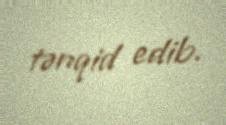
tənqid edib.